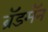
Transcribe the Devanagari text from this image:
ब्रॅडमॅन